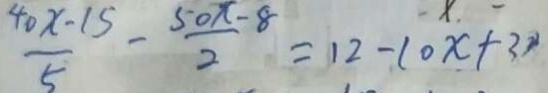
\frac { 4 0 x - 1 5 } { 5 } - \frac { 5 0 x - 8 } { 2 } = 1 2 - 1 0 x + 3 y